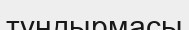
тұндырмасы